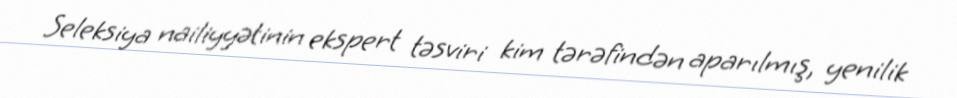
Seleksiya nailiyyətinin ekspert təsviri kim tərəfindən aparılmış, yenilik